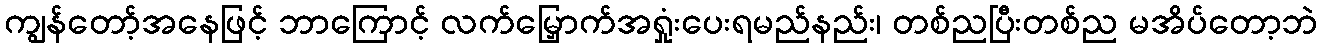
ကျွန်တော့်အနေဖြင့် ဘာကြောင့် လက်မြှောက်အရှုံးပေးရမည်နည်း၊ တစ်ညပြီးတစ်ည မအိပ်တော့ဘဲ